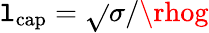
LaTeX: \mathtt{l}_{\mathrm{{cap}}}=\sqrt{}{{\sigma/\rhog}}